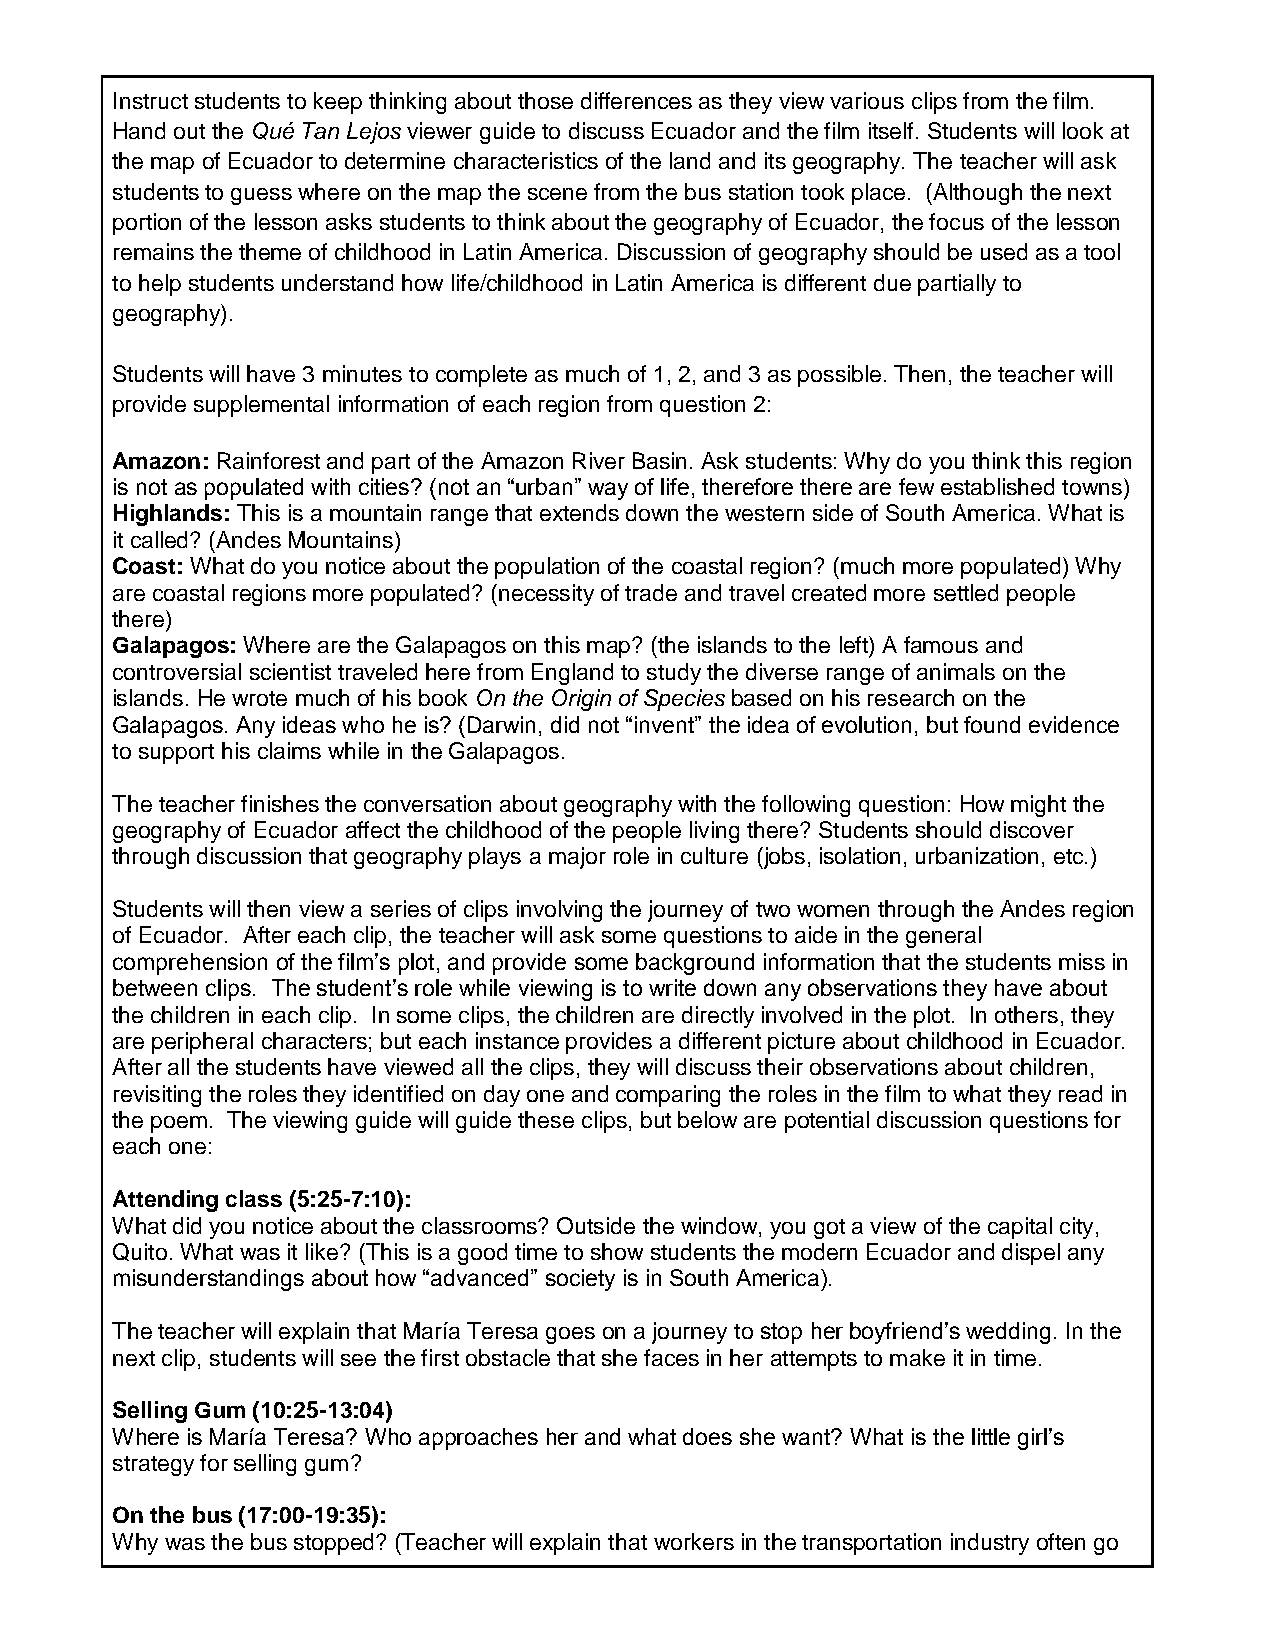
Instruct students to keep thinking about those differences as they view various clips from the film.
 Hand out the Qué Tan Lejos viewer guide to discuss Ecuador and the film itself. Students will look at
 the map of Ecuador to determine characteristics of the land and its geography. The teacher will ask
 students to guess where on the map the scene from the bus station took place. (Although the next
 portion of the lesson asks students to think about the geography of Ecuador, the focus of the lesson
 remains the theme of childhood in Latin America. Discussion of geography should be used as a tool
 to help students understand how life/childhood in Latin America is different due partially to
 geography).
 Students will have 3 minutes to complete as much of 1, 2, and 3 as possible. Then, the teacher will
 provide supplemental information of each region from question 2:
 Amazon: Rainforest and part of the Amazon River Basin. Ask students: Why do you think this region
 is not as populated with cities? (not an “urban” way of life, therefore there are few established towns)
 Highlands: This is a mountain range that extends down the western side of South America. What is
 it called? (Andes Mountains)
 Coast: What do you notice about the population of the coastal region? (much more populated) Why
 are coastal regions more populated? (necessity of trade and travel created more settled people
 there)
 Galapagos: Where are the Galapagos on this map? (the islands to the left) A famous and
 controversial scientist traveled here from England to study the diverse range of animals on the
 islands. He wrote much of his book On the Origin of Species based on his research on the
 Galapagos. Any ideas who he is? (Darwin, did not “invent” the idea of evolution, but found evidence
 to support his claims while in the Galapagos.
 The teacher finishes the conversation about geography with the following question: How might the
 geography of Ecuador affect the childhood of the people living there? Students should discover
 through discussion that geography plays a major role in culture (jobs, isolation, urbanization, etc.)
 Students will then view a series of clips involving the journey of two women through the Andes region
 of Ecuador. After each clip, the teacher will ask some questions to aide in the general
 comprehension of the film’s plot, and provide some background information that the students miss in
 between clips. The student’s role while viewing is to write down any observations they have about
 the children in each clip. In some clips, the children are directly involved in the plot. In others, they
 are peripheral characters; but each instance provides a different picture about childhood in Ecuador.
 After all the students have viewed all the clips, they will discuss their observations about children,
 revisiting the roles they identified on day one and comparing the roles in the film to what they read in
 the poem. The viewing guide will guide these clips, but below are potential discussion questions for
 each one:
 Attending class (5:25-7:10):
 What did you notice about the classrooms? Outside the window, you got a view of the capital city,
 Quito. What was it like? (This is a good time to show students the modern Ecuador and dispel any
 misunderstandings about how “advanced” society is in South America).
 The teacher will explain that María Teresa goes on a journey to stop her boyfriend’s wedding. In the
 next clip, students will see the first obstacle that she faces in her attempts to make it in time.
 Selling Gum (10:25-13:04)
 Where is María Teresa? Who approaches her and what does she want? What is the little girl’s
 strategy for selling gum?
 On the bus (17:00-19:35):
 Why was the bus stopped? (Teacher will explain that workers in the transportation industry often go